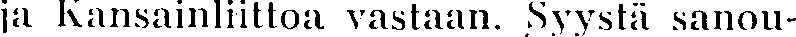
ja Kansainliittoa vastaan. Syystä sanou-